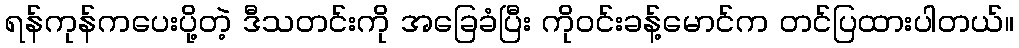
ရန်ကုန်ကပေးပို့တဲ့ ဒီသတင်းကို အခြေခံပြီး ကိုဝင်းခန့်မောင်က တင်ပြထားပါတယ်။